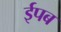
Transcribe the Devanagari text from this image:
ईपब